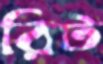
রিট